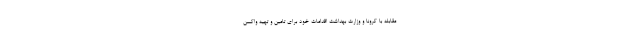
مقابله با کرونا و وزارت بهداشت اقدامات خود برای تامین و تهیه واکسن